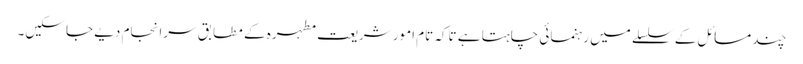
چند مسائل کے سلسلے میں رہنمائی چاہتا ہے تاکہ تام امور شریعت مطہرہ کے مطابق سرانجام دیے جا سکیں۔